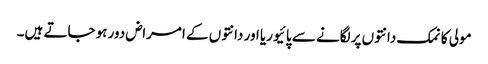
مولی کا نمک دانتوں پرلگانے سے پائیوریا اور دانتوں کے امراض دور ہوجاتے ہیں۔